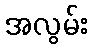
အလွမ်း